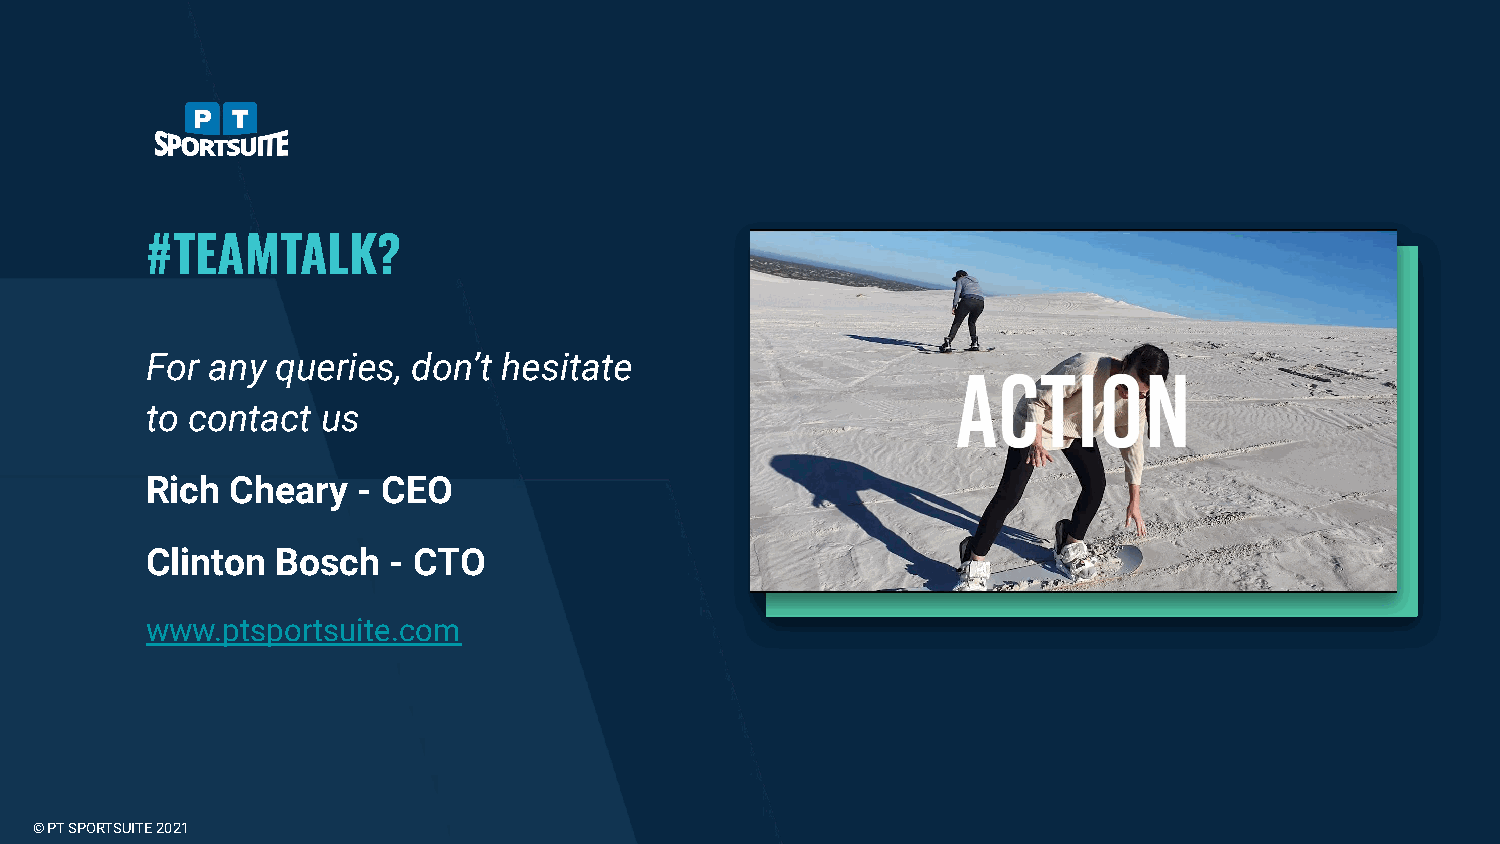
#TEAMTALK?
 For any queries, don’t hesitate
 to contact us
 Rich Cheary   - CEO
 Clinton Bosch   - CTO
 www.ptsportsuite.com
 © PT SPORTSUITE 2021